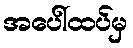
အပေါ်ထပ်မှ